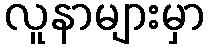
လူနာများမှာ